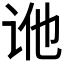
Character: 𬣢